Bombay plague: being a history of the progress of plague in the Bombay presidency from September 1896 to June 1899
Year: 1896
Disease focus: Plague
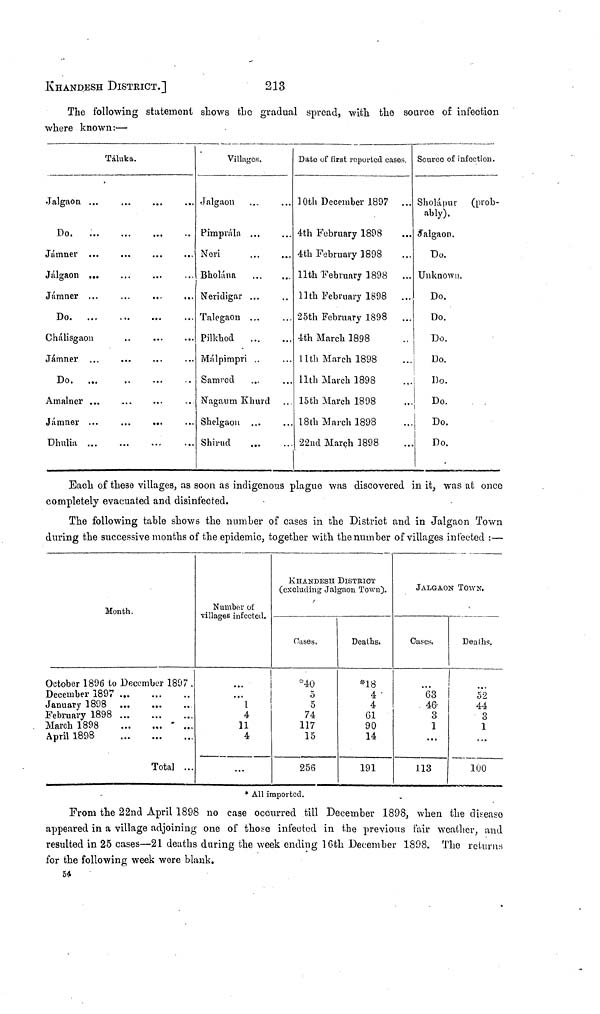
KHANDESH DISTRICT.]
213
The following statement shows the gradual spread, with the source of infection
where known :—
Táluka.
Jal gao n ...
Do.
...
Jálgaon ...
Jámner ...
Do.
...
Chálisgaon
Do.
...
Amalner ...
Jámner ...
Dhulia ...
··
...
...
...
...
··
Villages.
Jálgaon
Pimprála ...
Neri
Bholána
Neridigar ...
Talegaon ...
Pilkhod
...
Málpimpri ..
Samrod ...
Nagaum Khurd
Shelgaon ...
Shirud
...
...
...
...
··
...
...
...
...
...
Date of first reported cases.
10th December 1897
4th February 1898
4th February 1898
11th February 1898
.lltli February 1898
25th February 1898
4th March 1898
11th March 1898
11th March 1898
15th March 1898
18th March 1898
22nd March 1898
...
...
...
...
...
...
...
...
...
...
Source of infection.
Sholápur (prob-
ably).
Jalgaon.
Do.
Unknown.
Do.
Do.
Do.
Do.
Do.
Do.
Do.
Do.
Each of these villages, as soon as indigenous plague was discovered in it, was at once
completely evacuated and disinfected.
The following table shows the number of cases in the District and in Jalgaon Town
during the successive months of the epidemic, together with the number of villages infected :—
Month.
October 1896 to December 1897 .
December
1897...
...
...
January 1898
February 1898
. March 1898
April 1898
...
...
...
...
...
... ...
...
Tota]
...
...
...
...
...
Number of
villages infected.
...
1
4
11
4
...
KHANDESH DISTRICT
(excluding Jalgaon Town).
Oases.
*40
5
5
74
117
15
256
Deaths.
*18
4
4
61
90
14
191
JALGAON TOWN.
Cases.
...63
46
3
1
...
113
Deaths.
... 52
44
3
1
...
100
* All imported.
From the 22nd April 1898 no case occurred till December 1898, when the disease
appeared in a village adjoining one of those infected in the previous fair weather, and
resulted in 25 cases—21 deaths during the week ending 16th December 1898. The returns
for the following week were blank.
54